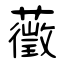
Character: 藢